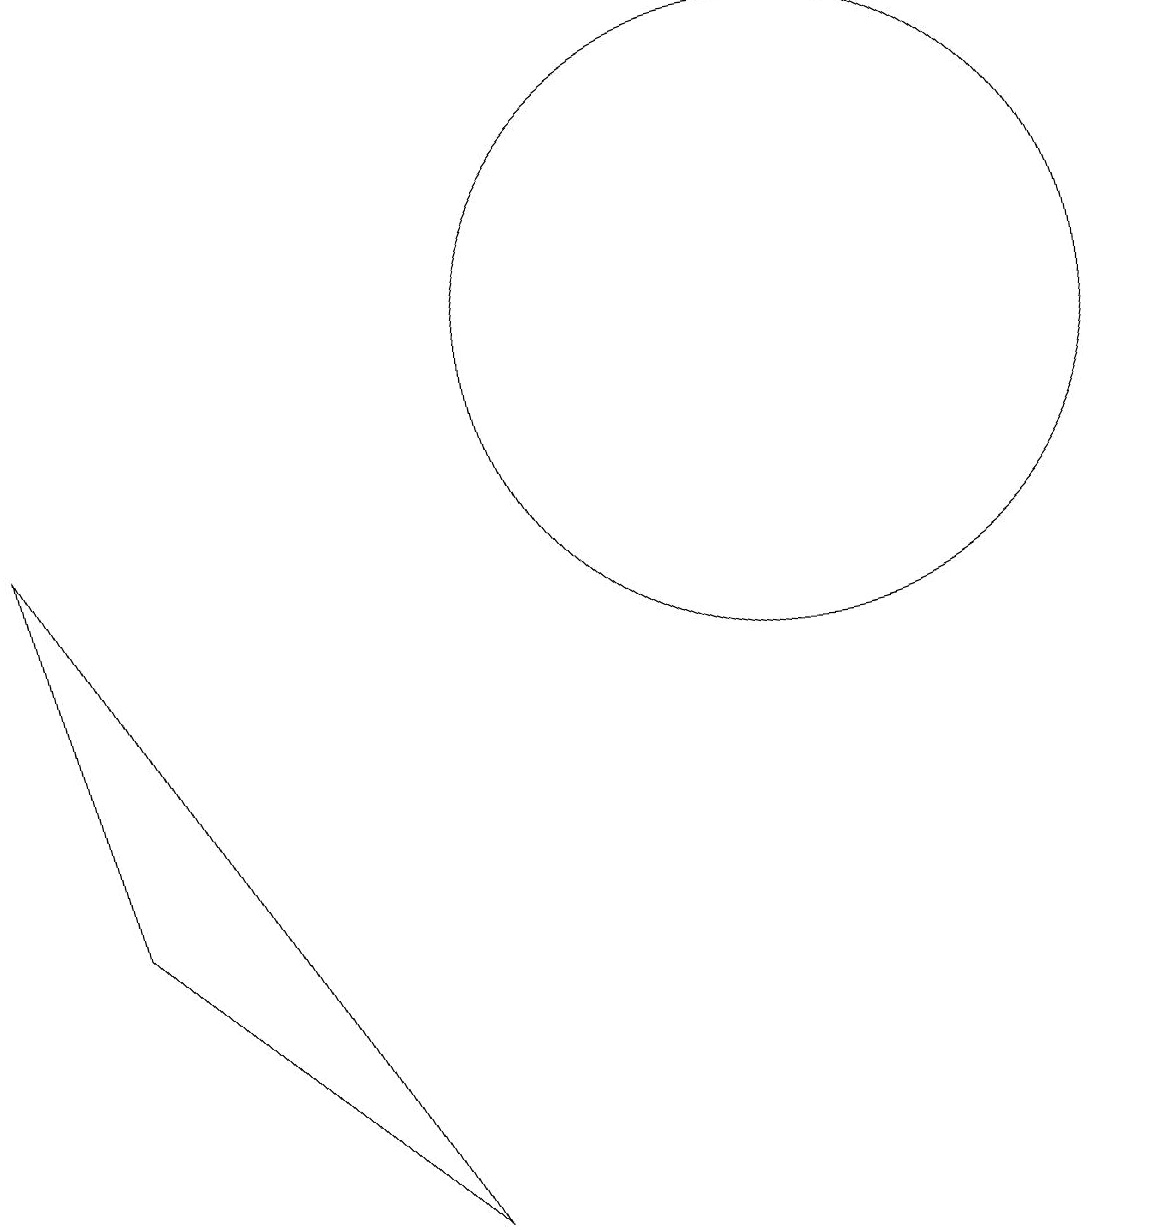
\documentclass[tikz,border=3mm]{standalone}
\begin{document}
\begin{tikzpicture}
\draw (10,11) circle (4);
\draw (5,0) -- (0,9) -- (1,4) -- cycle;
\draw (11,11) circle (0);
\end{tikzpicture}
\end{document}